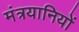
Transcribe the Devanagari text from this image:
मंत्रयानियों